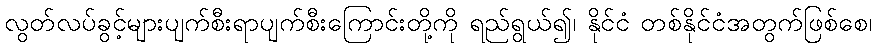
လွတ်လပ်ခွင့်များပျက်စီးရာပျက်စီးကြောင်းတို့ကို ရည်ရွယ်၍၊ နိုင်ငံ တစ်နိုင်ငံအတွက်ဖြစ်စေ၊